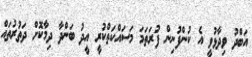
އަބްދު ވިދާޅުވީ އެ ކުންފުނިން ފުރަތަމަ މަސައްކަތްކުރީ އީދު ބަންދާ ދިމާކޮށް ދަތުރުތައް